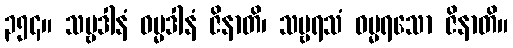
၃၅၄။ သဗ္ဗဒါနံ ဓမ္မဒါနံ ဇိနာတိ၊ သဗ္ဗရသံ ဓမ္မရသော ဇိနာတိ။